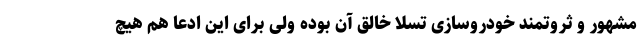
مشهور و ثروتمند خودروسازی تسلا خالق آن بوده ولی برای این ادعا هم هیچ